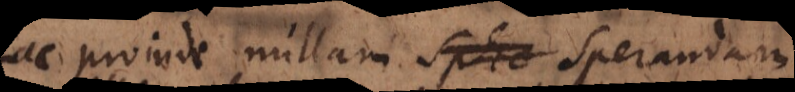
ac proinde nullam sperandam